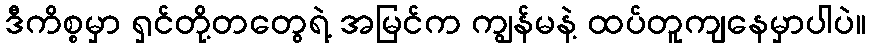
ဒီကိစ္စမှာ ရှင်တို့တတွေရဲ့ အမြင်က ကျွန်မနဲ့ ထပ်တူကျနေမှာပါပဲ။